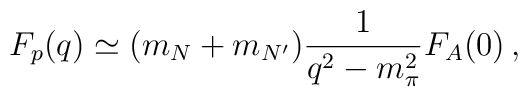
F_{p}(q)\simeq (m_{N}+m_{N^{\prime}})\frac{1}{q^{2}-m_{\pi }^{2}} F_{A}(0)\, ,